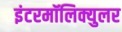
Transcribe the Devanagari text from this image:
इंटरमॉलिक्युलर